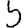
Digit: 5